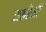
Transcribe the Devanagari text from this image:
सतोमी